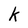
Character: k